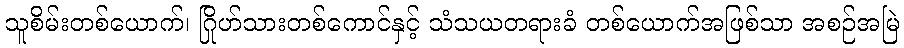
သူစိမ်းတစ်ယောက်၊ ဂြိုဟ်သားတစ်ကောင်နှင့် သံသယတရားခံ တစ်ယောက်အဖြစ်သာ အစဉ်အမြဲ